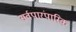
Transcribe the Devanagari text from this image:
सर्वपारंपारिक